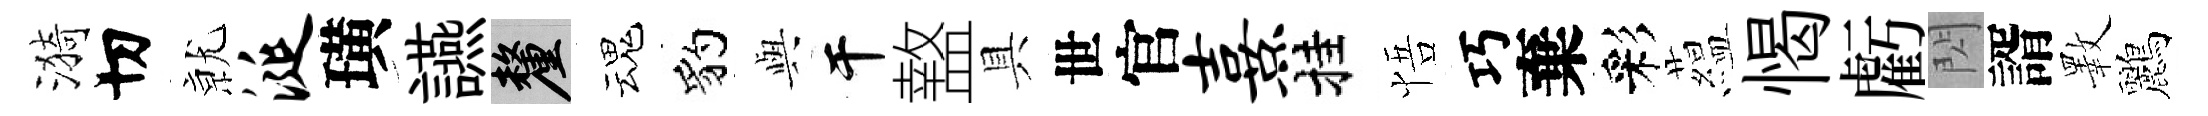
漪切𭕒涎璜讌厘魂豹𫤰干盩具世官熹挂悟巧棄彩藴愒虧閃諝斁鸝